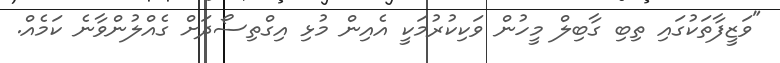
"ވަޒީފާތަކުގައި ތިބި ގާބިލް މީހުން ވަކިކުރުމަކީ އެއިން މުޅި އިގްތިސޯދަށް ގެއްލުންވާނެ ކަމެއް.